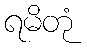
ရမိတုံ